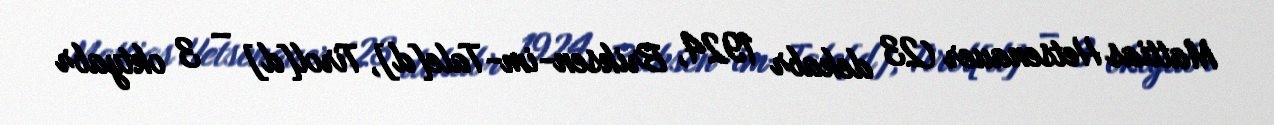
Mattias Hetsenauer (23 dekabr 1924, Briksen-im-Tale[d], Tirol[d] – 3 oktyabr